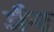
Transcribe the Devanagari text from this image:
जैन्ट